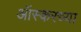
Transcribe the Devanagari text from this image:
ऑस्करच्या